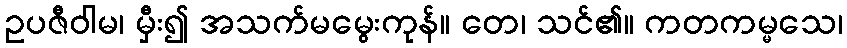
ဥပဇီဝါမ၊ မှီး၍ အသက်မမွေးကုန်။ တေ၊ သင်၏။ ကတကမ္မသေ၊